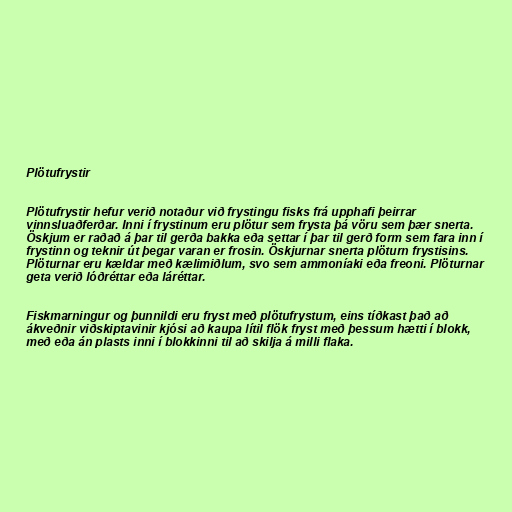
Plötufrystir

Plötufrystir hefur verið notaður við frystingu fisks frá upphafi þeirrar
vinnsluaðferðar. Inni í frystinum eru plötur sem frysta þá vöru sem þær snerta.
Öskjum er raðað á þar til gerða bakka eða settar í þar til gerð form sem fara inn í
frystinn og teknir út þegar varan er frosin. Öskjurnar snerta plöturn frystisins.
Plöturnar eru kældar með kælimiðlum, svo sem ammoníaki eða freoni. Plöturnar
geta verið lóðréttar eða láréttar.

Fiskmarningur og þunnildi eru fryst með plötufrystum, eins tíðkast það að
ákveðnir viðskiptavinir kjósi að kaupa lítil flök fryst með þessum hætti í blokk,
með eða án plasts inni í blokkinni til að skilja á milli flaka.